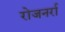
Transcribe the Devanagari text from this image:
रोजनर्रा